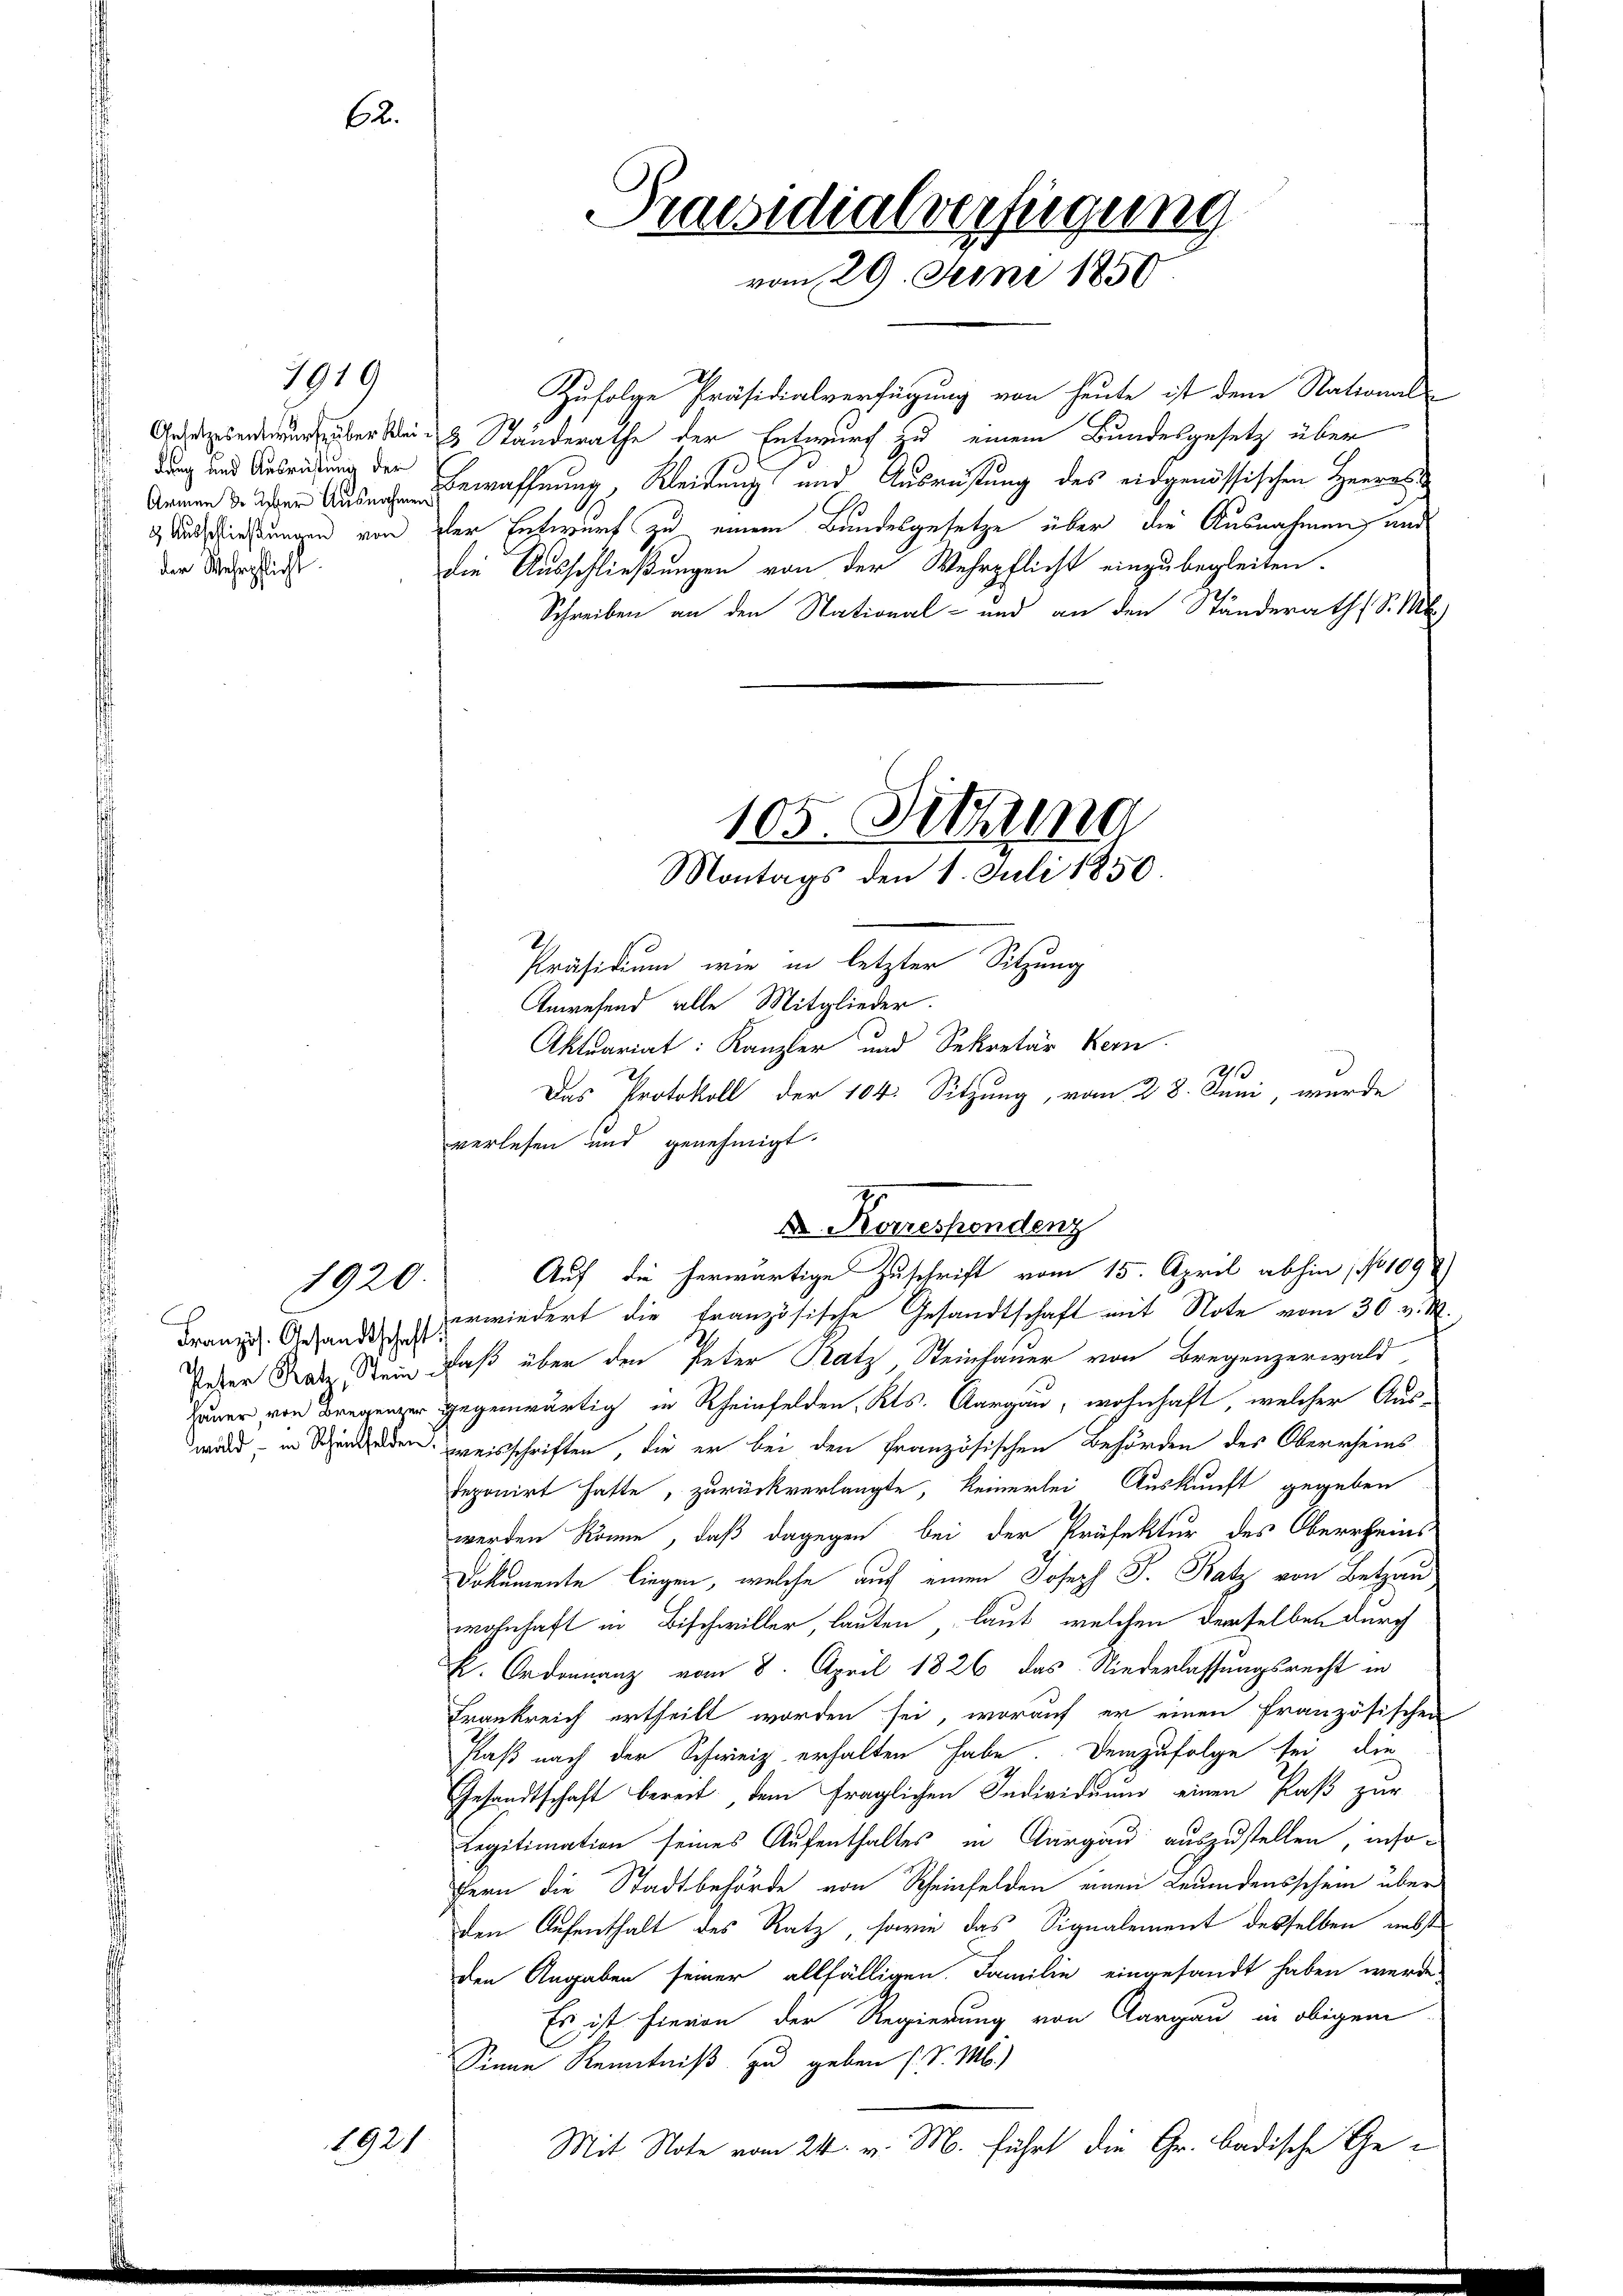
1919

dung und Ausrüstung der
 Armen d. Aber Ausnahmen
& Ausschließungen von
der Wehrpflicht

1920

62.

1921

Zufolge Präsidialverfügung von heute ist dem National-
Gesonderung über ein Standerathe der Entwurf zu einem Bundesgesetz über
Bewaffnung, Kleidung und Ausrüstung des eidgenössischen Herre
der Entwurf zu einem Bundesgesetze über die Ausnahmen, und
Die Ausschließungen von der Wehrpflicht einzubegleiten.
Schreiben an den National- und an den Ständeraths S. M.

Präsidium wie in letzter Sitzung
Anwesend alle Mitglieder.
verlesen und genehmigt.

Franz. Gesandt erwiedert die Französische Gesandtschaft mit Note vom 30. v. M.
Jeser Nate Stein Faß über den Peter Ratz, Steinhauer von Bregenzerwald
Juner von Bregenzer gegenwärtig in Rheinfelden, Kts. Aargau, wohnhaft, welcher Aus-
wird, in Schenaden weisschriften, die er bei den Französischen Behörden des Oberrheins
deponirt hatte, zurückverlangte, keinerlei Auskunft gegeben
werden könne, daß dagegen bei der Präfektur des Oberrheins
Dokumente liegen, welche auf einen Joseph J. Katz von Betzau
wohnhaft in Bischwiller, lauten, laut, welchen derselben durch
k. Ordinanz vom 8. April 1826 das Niederlassungsrecht in
Frankreich ertheilt worden sei, worauf er einen französischen
Plaß nach der Schweiz erhalten habe. Demzufolge sei, die
Gesandtschaft bereit dem fraglichen Individuum einen Paß zur
Legitimation seines Aufenthaltes in Aargau auszustellen, insofern die Stadtbehörde von Rheinfelden einen Leumdensschein über
den Aufenthalt des Ratz, sowie das Signalement desselben nebst
den Angaben seiner allfälligen. Familie eingesandt haben werde
Es ist hievon der Regierung von Aargau in obigem
Sinne Kenntniß zu geben (S. M.)
Mit Note vom 24. v. M. führt die Gr. Badische Ge¬

Präsidialverfügung
vom 29. Juni 1850

105. Sitzung
Montags den 1. Juli 1850.

Aktuariat: Kanzler und Sekretär Kern
h
Das Protokoll der 104. Sitzung, vom 28. Juni, wurde

D Romessendenz
Auf die herwärtige Zuschrift vom 15. April abhin, No 109